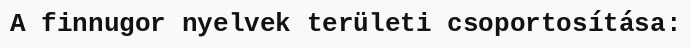
A finnugor nyelvek területi csoportosítása: